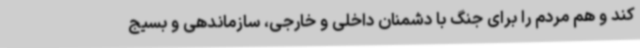
کند و هم مردم را برای جنگ با دشمنان داخلی و خارجی، سازماندهی و بسیج